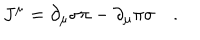
J ^ { \mu } = \partial _ { \mu } \sigma \pi - \partial _ { \mu } \pi \sigma \quad .